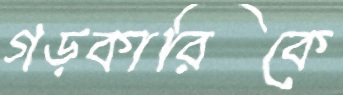
গড়কারিকে